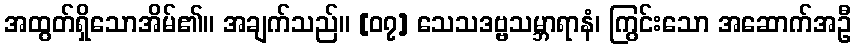
အထွတ်ရှိသောအိမ်၏။ အချက်သည်။ [၀၇] သေသဒဗ္ဗသမ္ဘာရာနံ၊ ကြွင်းသော အဆောက်အဦ